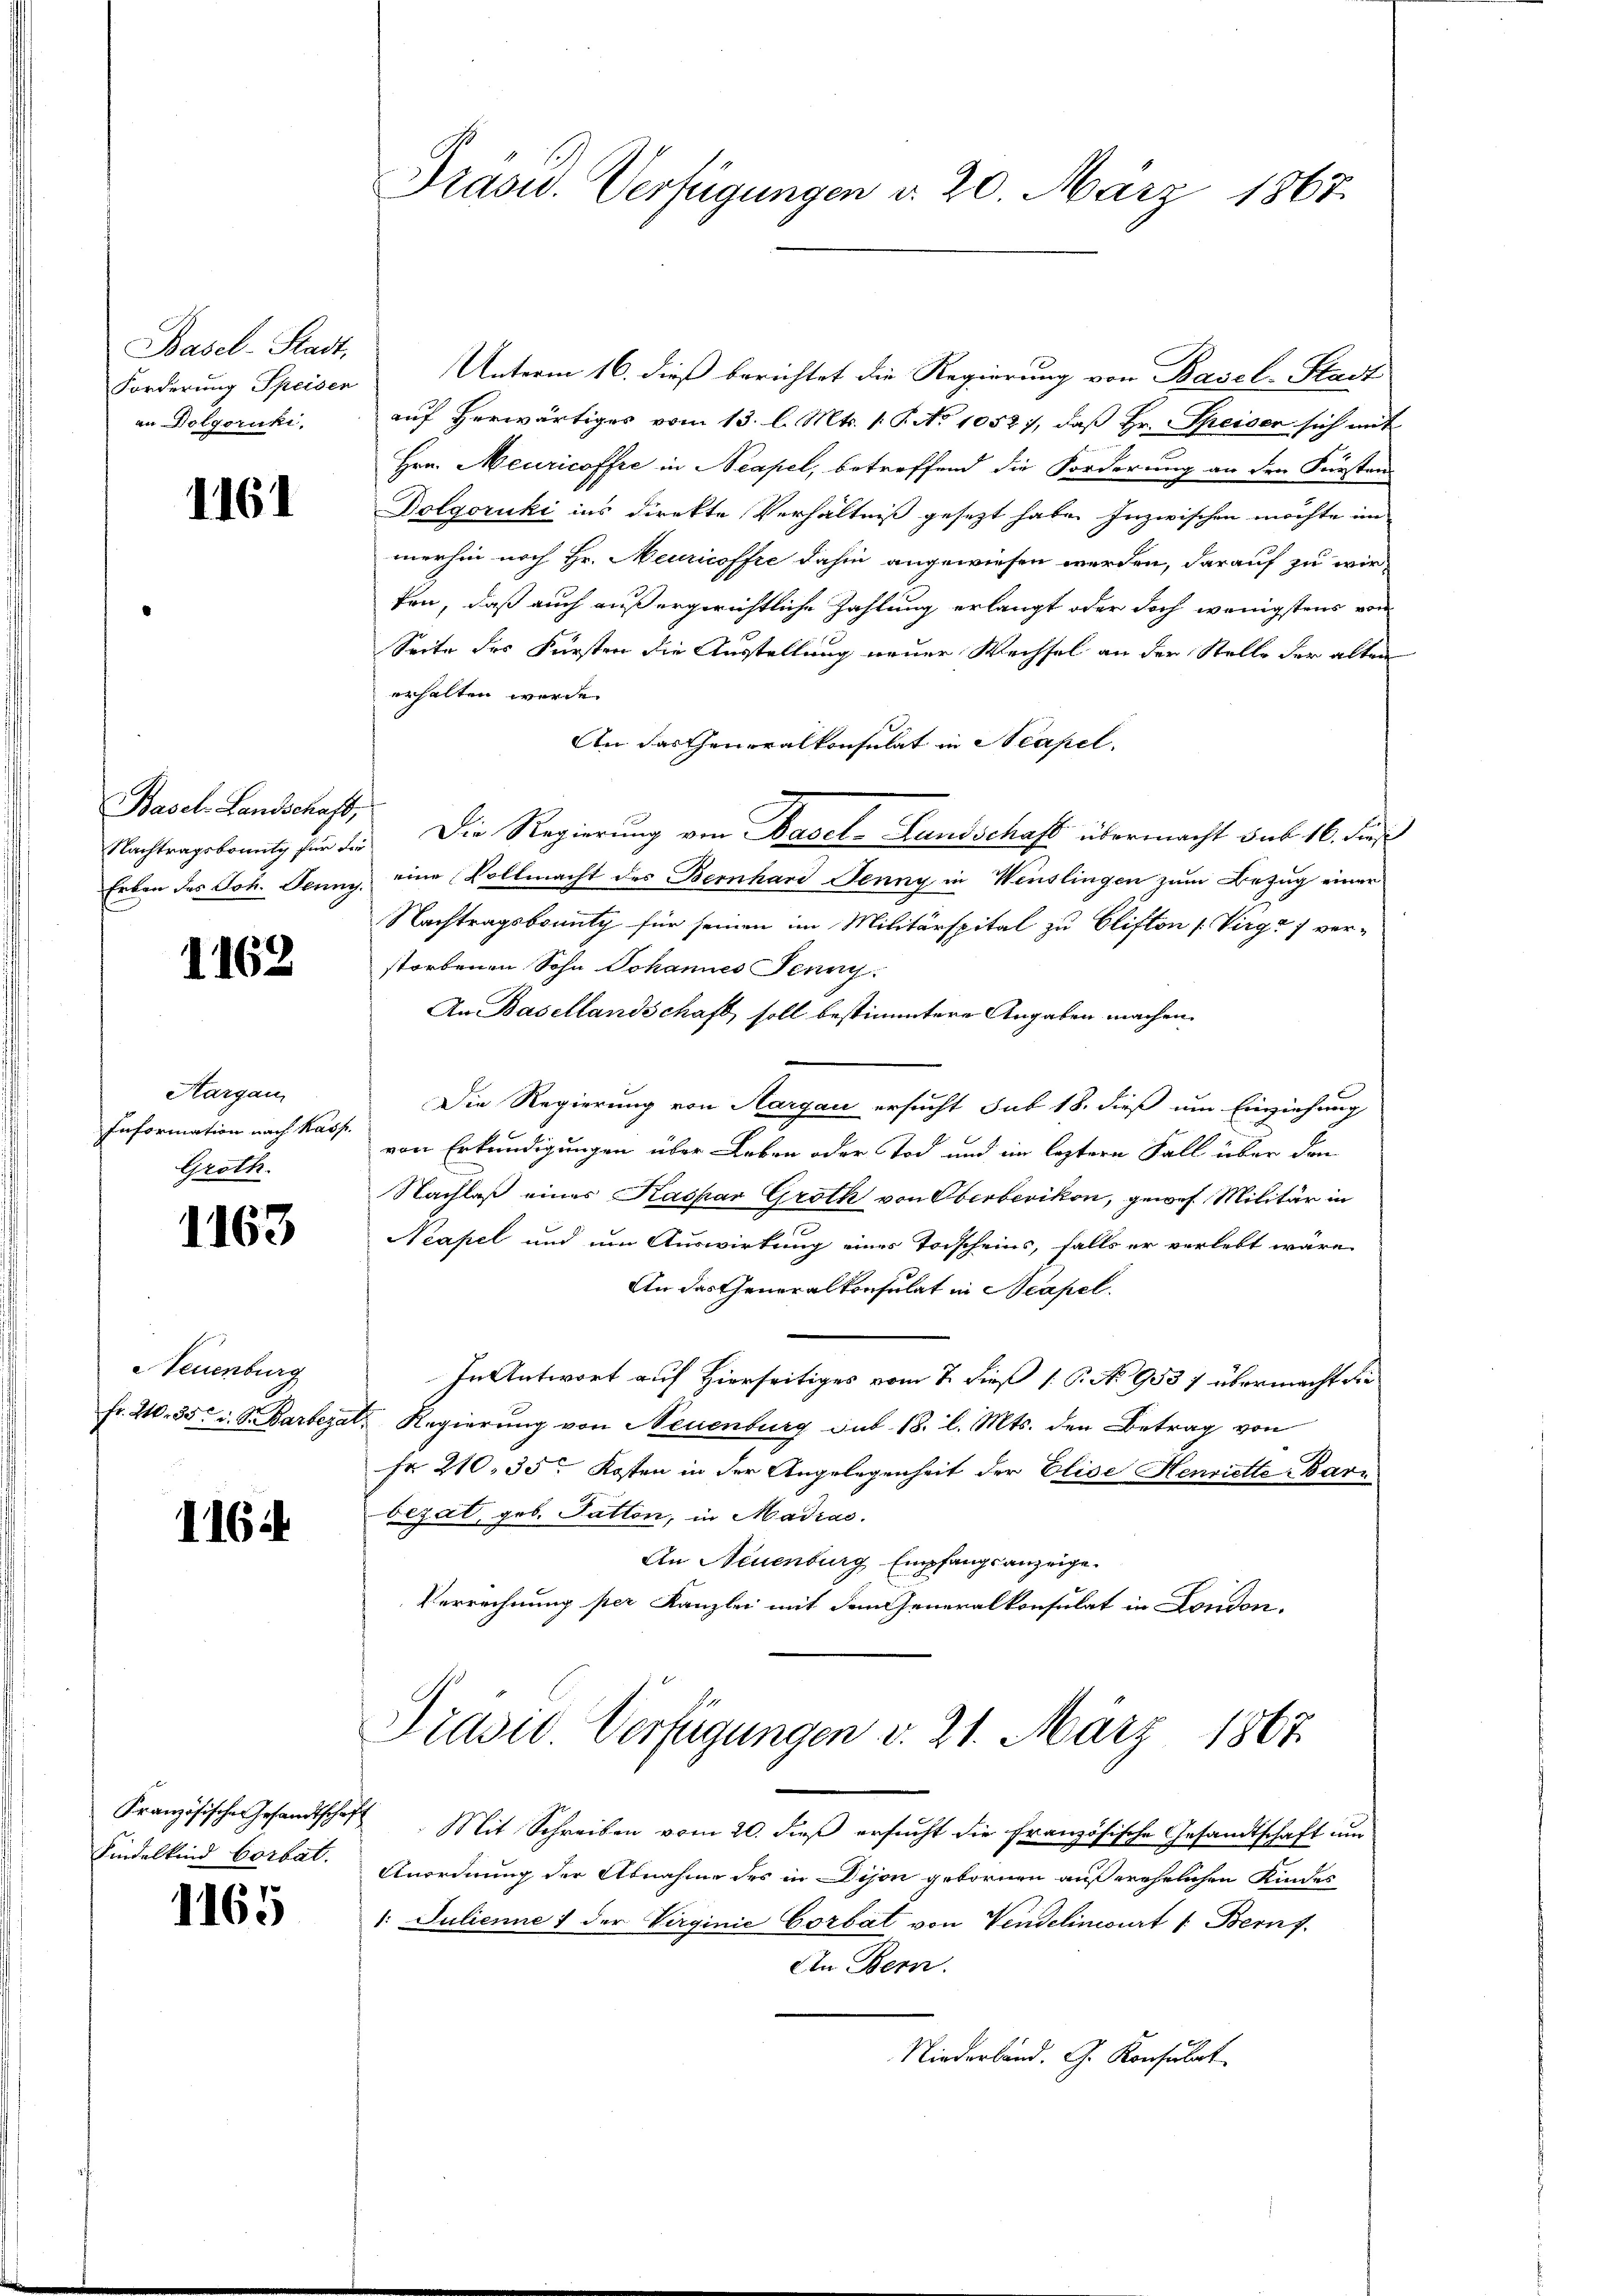
Basel-Stadt,
Forderung Speisen
an Nolgoruki.

1161

Basel. Landschaft,
Nachtragsbrung für die
Erben des Joh. Jenny.

1162

Hargau
Information nach Kasp.
Groth.

1163

Neuenburg
fr. 210. 35. u. S. Barbeza

1164

Findelkind Corbat.

1165

Präsid. Verfügungen d. 20. März 1867.

Unterm 16. dieß berichtet die Regierung von Basel-Stadt
auf herwärtiges vom 13. l. Mts. 1. P. No 1058), daß Hr. Speisen sich mit
Hrn. Meuricoffre in Neapel, betreffend die Forderung an den Fürsten
Dolgoruki ins direkte Verhältniß gesezt habe. Inzwischen möchte im
merhin nach Hr. Neuricoffre dahin angewiesen werden, darauf zu wirten, daß auch außergerichtliche Zahlung erlangt oder doch wenigstens von
Seite des Fürsten die Ausstellung neuer Wechsel an der Stelle der alten
erhalten werde.
An das Generalkonsulat in Neapel.
 Die Regierung von Basel-Landschaft übermacht sub. 16. dieß
 eine Vollmacht des Bernhard Jenny in Wenslingen zum Bezug einer
Nachtragsbonutg für seinen im Militärspital zu Glifton [Virg“) ver-
storbenen Sohn Johannes Jenny.
An Basellandschaft, soll bestimmtere Angaben machen.
Die Regierung von Aargau ersucht sub 18. dieß um Einziehung
von Erkundigungen über Leben oder Tod und im leztern Fall über den
Nachlaß eines Kaspar Groth von Oberberikon, gewes Militär in
Neapel und um Auswirkung eines Torscheins, falls er verlebt wäre,
An das Generalkonsulat in Neapel.
In Antwort auf Hierseitiges vom 7. dieß [ P. No 9537 übermacht die
 Regierung von Neuenburg sub. 18. l. Mts. den Betrag von
fr. 210, 35 Kosten in der Angelegenheit der Elise Henriette Bern
bezat, geb. Tatton, in Madias.
An Neuenburg Empfangsanzeige.
Verrechnung per Kanzlei mit dem Generalkonsulat in London.

Präsid. Verfügungen v. 21. März 1867.

Französische Gesandtschaft. Mit Schreiben vom 20. dieβ ersŭcht die französische Gesandtschaft ŭm
Unordnung der Abnahme des in Dison gebornen außerehrlichen Kindes
1. Julienne & der Virginie Corbat von Vendeliniert 1. Bern f
An Bern.
Niederband. G. Konsulat